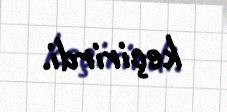
keçirirdi.